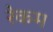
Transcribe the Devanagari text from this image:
रेकम